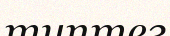
типтег